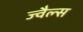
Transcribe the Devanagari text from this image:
ज्वैल्स